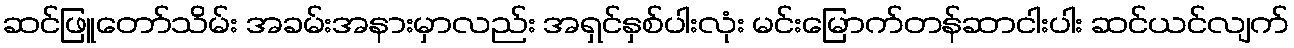
ဆင်ဖြူတော်သိမ်း အခမ်းအနားမှာလည်း အရှင်နှစ်ပါးလုံး မင်းမြောက်တန်ဆာငါးပါး ဆင်ယင်လျက်